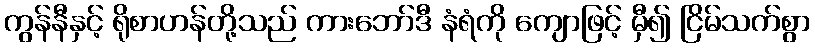
ကွန်နီနှင့် ရိုစာဟန်တို့သည် ကားဘော်ဒီ နံရံကို ကျောဖြင့် မှီ၍ ငြိမ်သက်စွာ